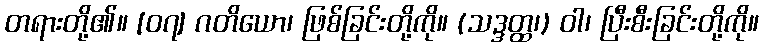
တရားတို့၏။ [၀၇] ဂတိယော၊ ဖြစ်ခြင်းတို့ကို။ (သဒ္ဒတ္ထ၊) ဝါ၊ ပြီးစီးခြင်းတို့ကို။